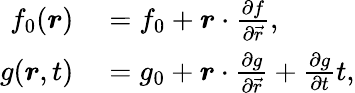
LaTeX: \begin{array}{rl}{f_{0}(\boldsymbol{r})}&{{}=f_{0}+\boldsymbol{r}\cdot\frac{\partial f}{\partial\vec{r}},}\\ {g(\boldsymbol{r},t)}&{{}=g_{0}+\boldsymbol{r}\cdot\frac{\partial g}{\partial\vec{r}}+\frac{\partial g}{\partial t}t,}\end{array}